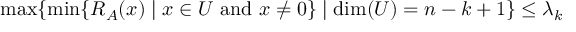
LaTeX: \operatorname* { m a x } \{ \operatorname* { m i n } \{ R _ { A } ( x ) \mid x \in U { \mathrm { ~ a n d ~ } } x \neq 0 \} \mid \dim ( U ) = n - k + 1 \} \leq \lambda _ { k }